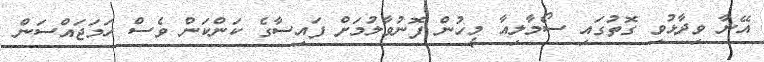
އޭނާ ވިދާޅުވި ގޮތުގައި ސޯމާލިއާ މީހުން ފޮނުވާލުމަށް ފައިސާގެ ކަންކަން ވެސް ހަމަޖައްސަން